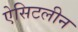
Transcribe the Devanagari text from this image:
ऐसिटलीन